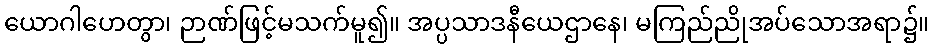
ယောဂါဟေတွာ၊ ဉာဏ်ဖြင့်မသက်မူ၍။ အပ္ပသာဒနီယေဌာနေ၊ မကြည်ညိုအပ်သောအရာ၌။